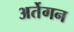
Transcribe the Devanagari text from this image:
अर्तेगन